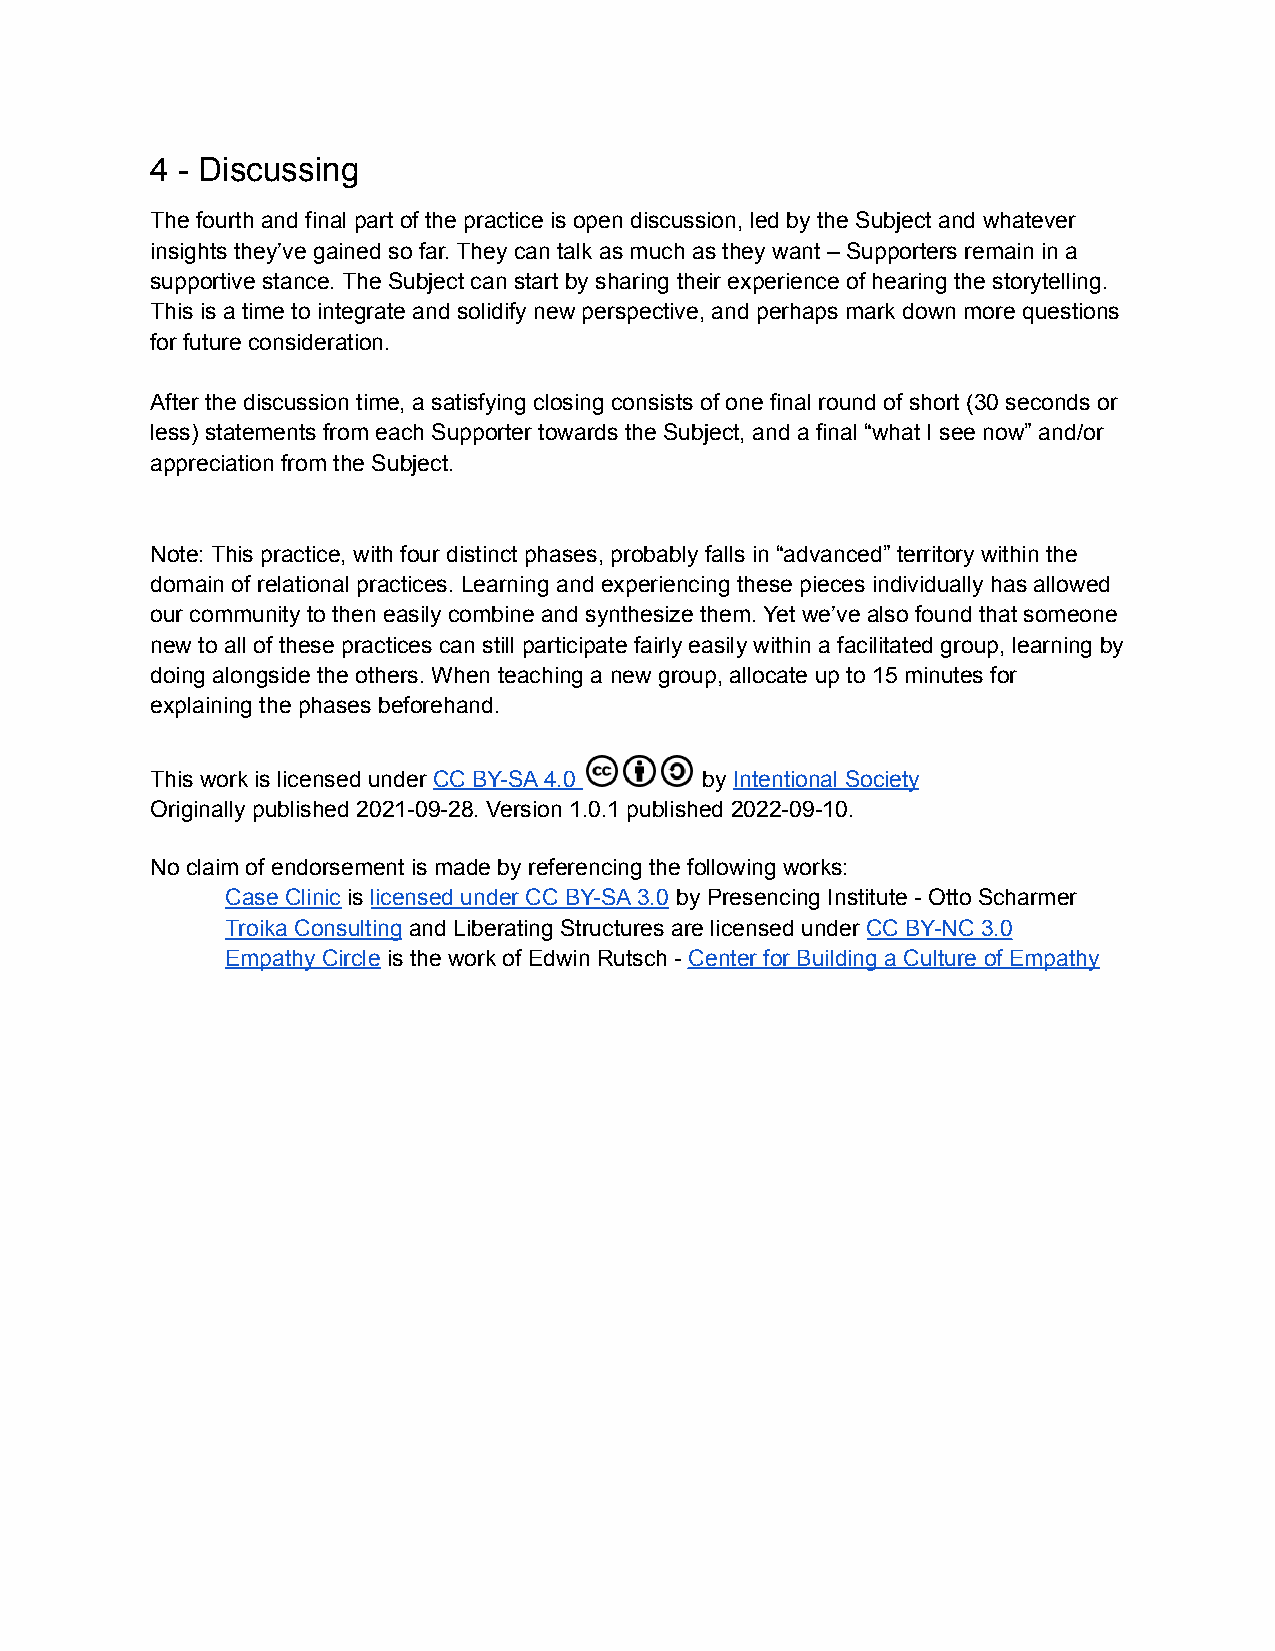
4 - Discussing
 The fourth and final part of the practice is open discussion, led by the Subject and whatever
 insights they’ve gained so far. They can talk as much as they want – Supporters remain in a
 supportive stance. The Subject can start by sharing their experience of hearing the storytelling.
 This is a time to integrate and solidify new perspective, and perhaps mark down more questions
 for future consideration.
 After the discussion time, a satisfying closing consists of one final round of short (30 seconds or
 less) statements from each Supporter towards the Subject, and a final “what I see now” and/or
 appreciation from the Subject.
 Note: This practice, with four distinct phases, probably falls in “advanced” territory within the
 domain of relational practices. Learning and experiencing these pieces individually has allowed
 our community to then easily combine and synthesize them. Yet we’ve also found that someone
 new to all of these practices can still participate fairly easily within a facilitated group, learning by
 doing alongside the others. When teaching a new group, allocate up to 15 minutes for
 explaining the phases beforehand.
 This work is licensed under CC BY-SA 4.0 by Intentional Society
 Originally published 2021-09-28. Version 1.0.1 published 2022-09-10.
 No claim of endorsement is made by referencing the following works:
 Case Clinic is licensed under CC BY-SA 3.0 by Presencing Institute - Otto Scharmer
 Troika Consulting and Liberating Structures are licensed under CC BY-NC 3.0
 Empathy Circle is the work of Edwin Rutsch - Center for Building a Culture of Empathy